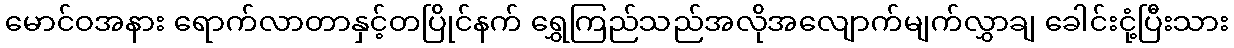
မောင်ဝအနား ရောက်လာတာနှင့်တပြိုင်နက် ရွှေကြည်သည်အလိုအလျောက်မျက်လွှာချ ခေါင်းငုံ့ပြီးသား